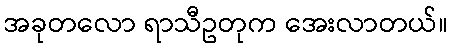
အခုတလော ရာသီဥတုက အေးလာတယ်။